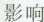
影响